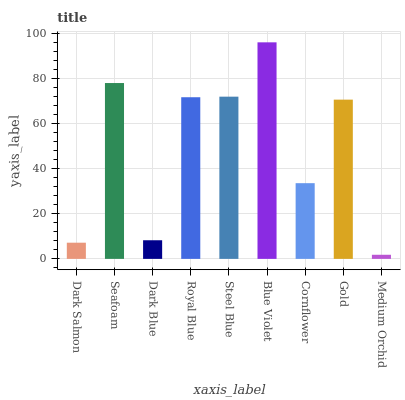
| xaxis_label | bars |
 | --- | --- |
 | Dark Salmon | 7.17 |
 | Seafoam | 77.9 |
 | Dark Blue | 8.25 |
 | Royal Blue | 71.6 |
 | Steel Blue | 71.8 |
 | Blue Violet | 95.9 |
 | Cornflower | 33.5 |
 | Gold | 70.5 |
 | Medium Orchid | 1.82 |